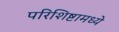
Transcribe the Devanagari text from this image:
परिशिष्टामध्ये